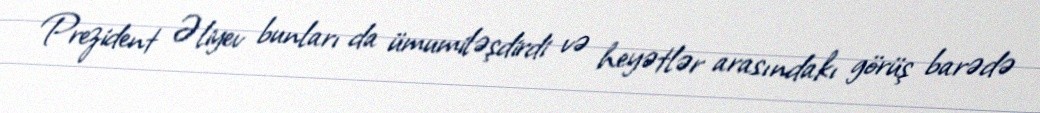
Prezident Əliyev bunları da ümumiləşdirdi və heyətlər arasındakı görüş barədə